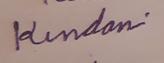
Signature authenticity: genuine